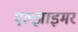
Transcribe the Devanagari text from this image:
एल्झाइमर